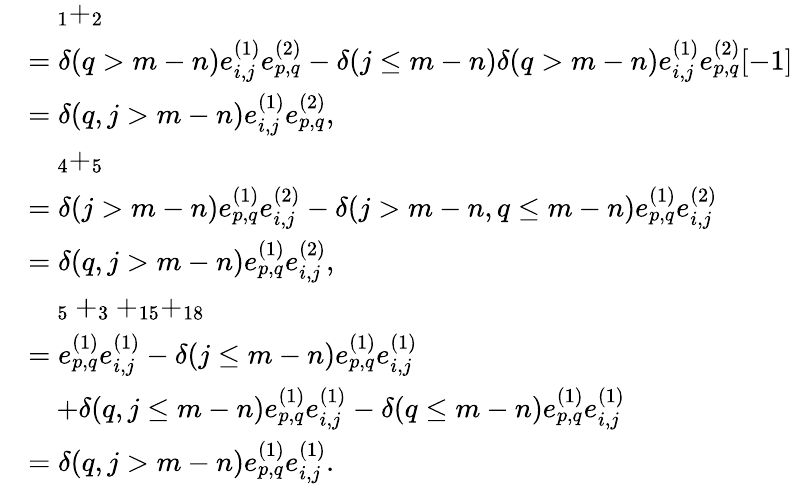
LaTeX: \begin{array}{rl}&{\quad_{1}+_{2}}\\ &{=\delta(q>m-n)e_{i,j}^{(1)}e_{p,q}^{(2)}-\delta(j\leq m-n)\delta(q>m-n)e_{i,j}^{(1)}e_{p,q}^{(2)}[-1]}\\ &{=\delta(q,j>m-n)e_{i,j}^{(1)}e_{p,q}^{(2)},}\\ &{\quad_{4}+_{5}}\\ &{=\delta(j>m-n)e_{p,q}^{(1)}e_{i,j}^{(2)}-\delta(j>m-n,q\leq m-n)e_{p,q}^{(1)}e_{i,j}^{(2)}}\\ &{=\delta(q,j>m-n)e_{p,q}^{(1)}e_{i,j}^{(2)},}\\ &{\quad_{5}+_{3}+_{15}+_{18}}\\ &{=e_{p,q}^{(1)}e_{i,j}^{(1)}-\delta(j\leq m-n)e_{p,q}^{(1)}e_{i,j}^{(1)}}\\ &{\quad+\delta(q,j\leq m-n)e_{p,q}^{(1)}e_{i,j}^{(1)}-\delta(q\leq m-n)e_{p,q}^{(1)}e_{i,j}^{(1)}}\\ &{=\delta(q,j>m-n)e_{p,q}^{(1)}e_{i,j}^{(1)}.}\end{array}